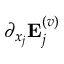
\partial _ { x _ { j } } { \bf E } _ { j } ^ { ( v ) }